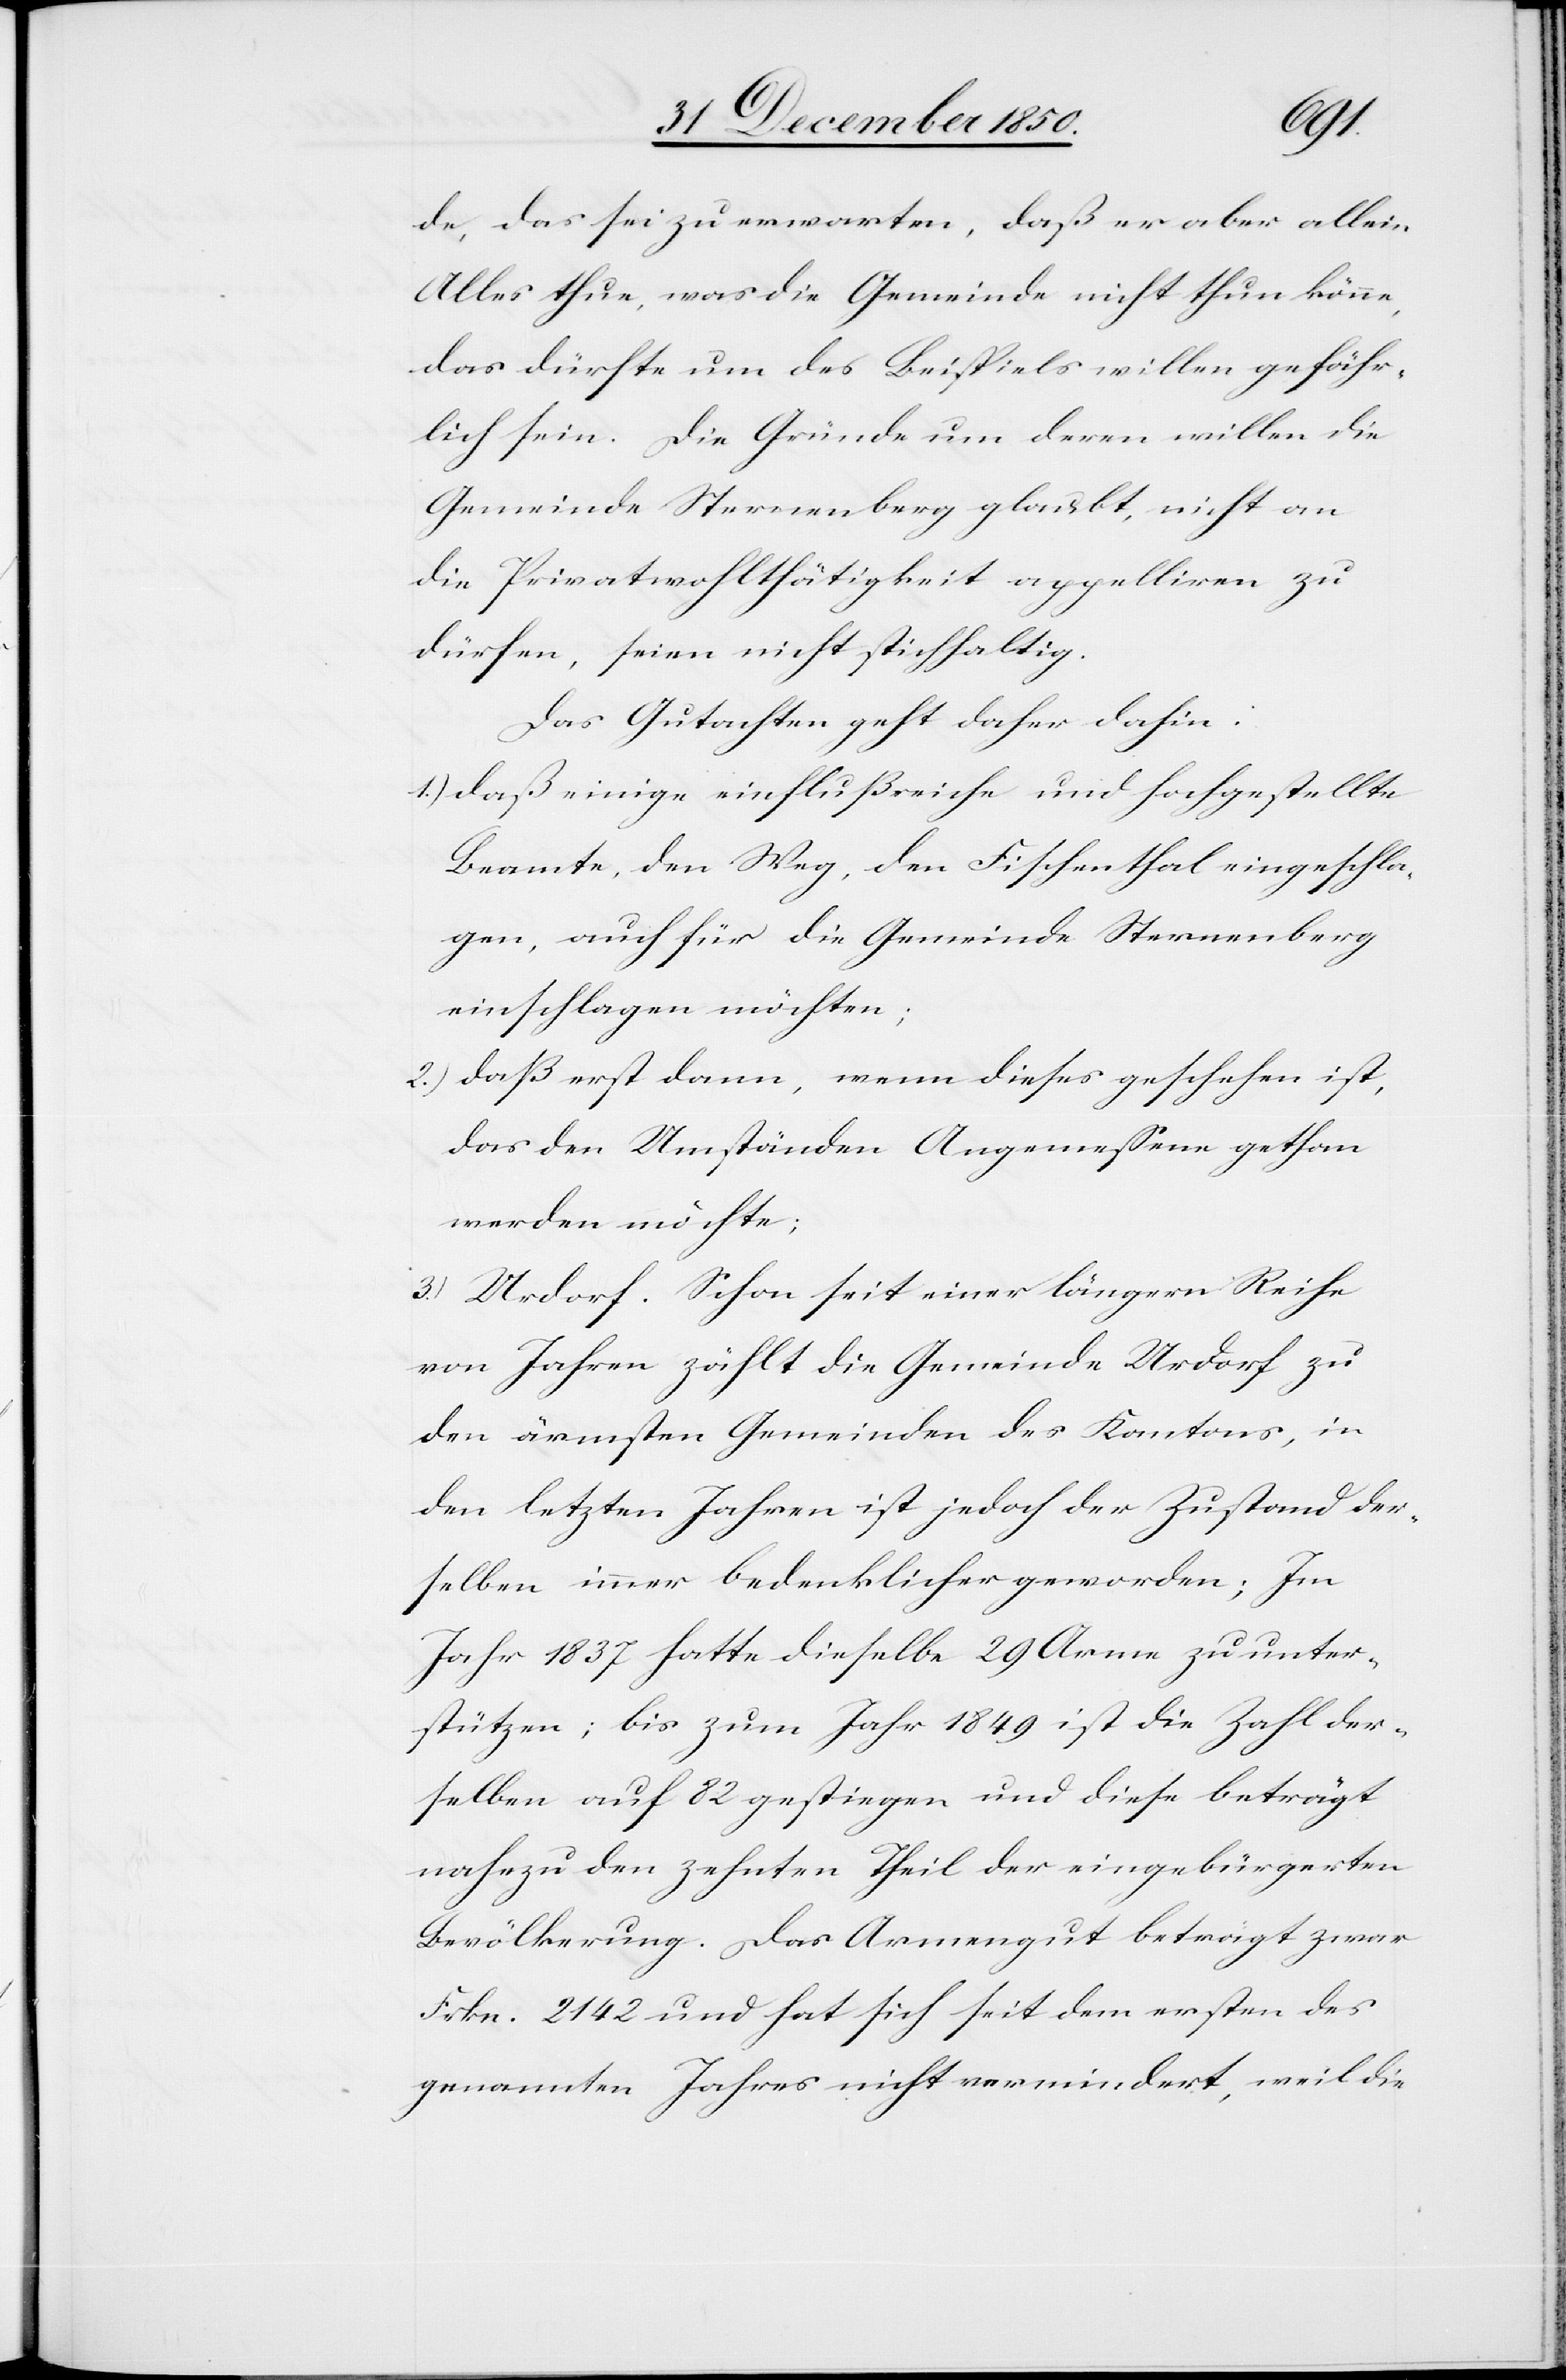
de, das sei zu erwarten, daß er aber allein
Alles thue, was die Gemeinde nicht thun könne,
das dürfte um des Beispiels willen gefähr¬
lich sein. Die Gründe um deren willen die
Gemeinde Sternenberg glaubt, nicht an
die Privatwohlthätigkeit appelliren zu
dürfen, seien nicht stichhaltig.
Das Gutachten geht daher dahin:
1.) daß einige einflußreiche und hochgestellte
Beamte, den Weg, den Fischenthal eingeschla¬
gen, auch für die Gemeinde Sternenberg
einschlagen möchten;
2.) daß erst dann, wenn dieses geschehen ist,
das den Umständen Angemessene gethan
werden möchte;
3.) Urdorf. Schon seit einer längern Reihe
von Jahren zählt die Gemeinde Urdorf zu
den ärmsten Gemeinden des Kantons, in
den letzten Jahren ist jedoch der Zustand der¬
selben immer bedenklicher geworden; Im
Jahr 1837 hatte dieselbe 29 Arme zu unter¬
stützen; bis zum Jahr 1849 ist die Zahl der¬
selben auf 82 gestiegen und diese beträgt
nahezu den zehnten Theil der eingebürgerten
Bevölkerung. Das Armengut beträgt zwar
Frkn. 2142 und hat sich seit dem ersten des
genannten Jahres nicht vermindert, weil die